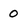
Character: 0